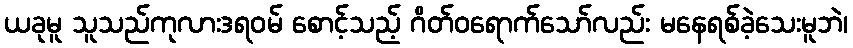
ယခုမူ သူသည်ကုလားဒရဝမ် စောင့်သည့် ဂိတ်ဝရောက်သော်လည်း မနေရစ်ခဲ့သေးမူဘဲ၊